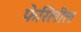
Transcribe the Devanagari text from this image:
फेरिलील